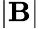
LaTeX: |\textbf{B}|